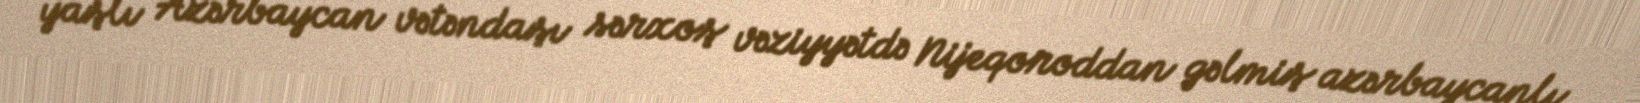
yaşlı Azərbaycan vətəndaşı sərxoş vəziyyətdə Nijeqoroddan gəlmiş azərbaycanlı